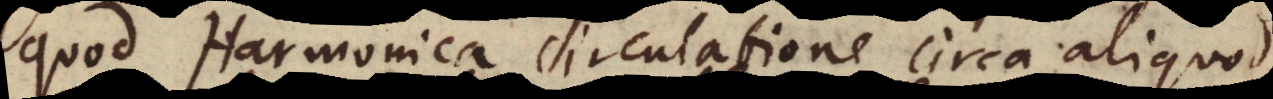
quod Harmonica circulatione circa aliquod